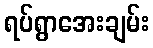
ရပ်ရွာအေးချမ်း